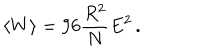
\langle W \rangle = 9 6 \frac { R ^ { 2 } } { N } E ^ { 2 } \, .